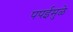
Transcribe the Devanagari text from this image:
पपईमुळे